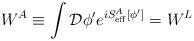
LaTeX: \begin{align*}W^A\equiv\int {\cal D}\phi^\prime e^{iS^A_{\rm eff}[\phi^\prime]}=W^L\end{align*}